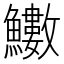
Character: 𩽋